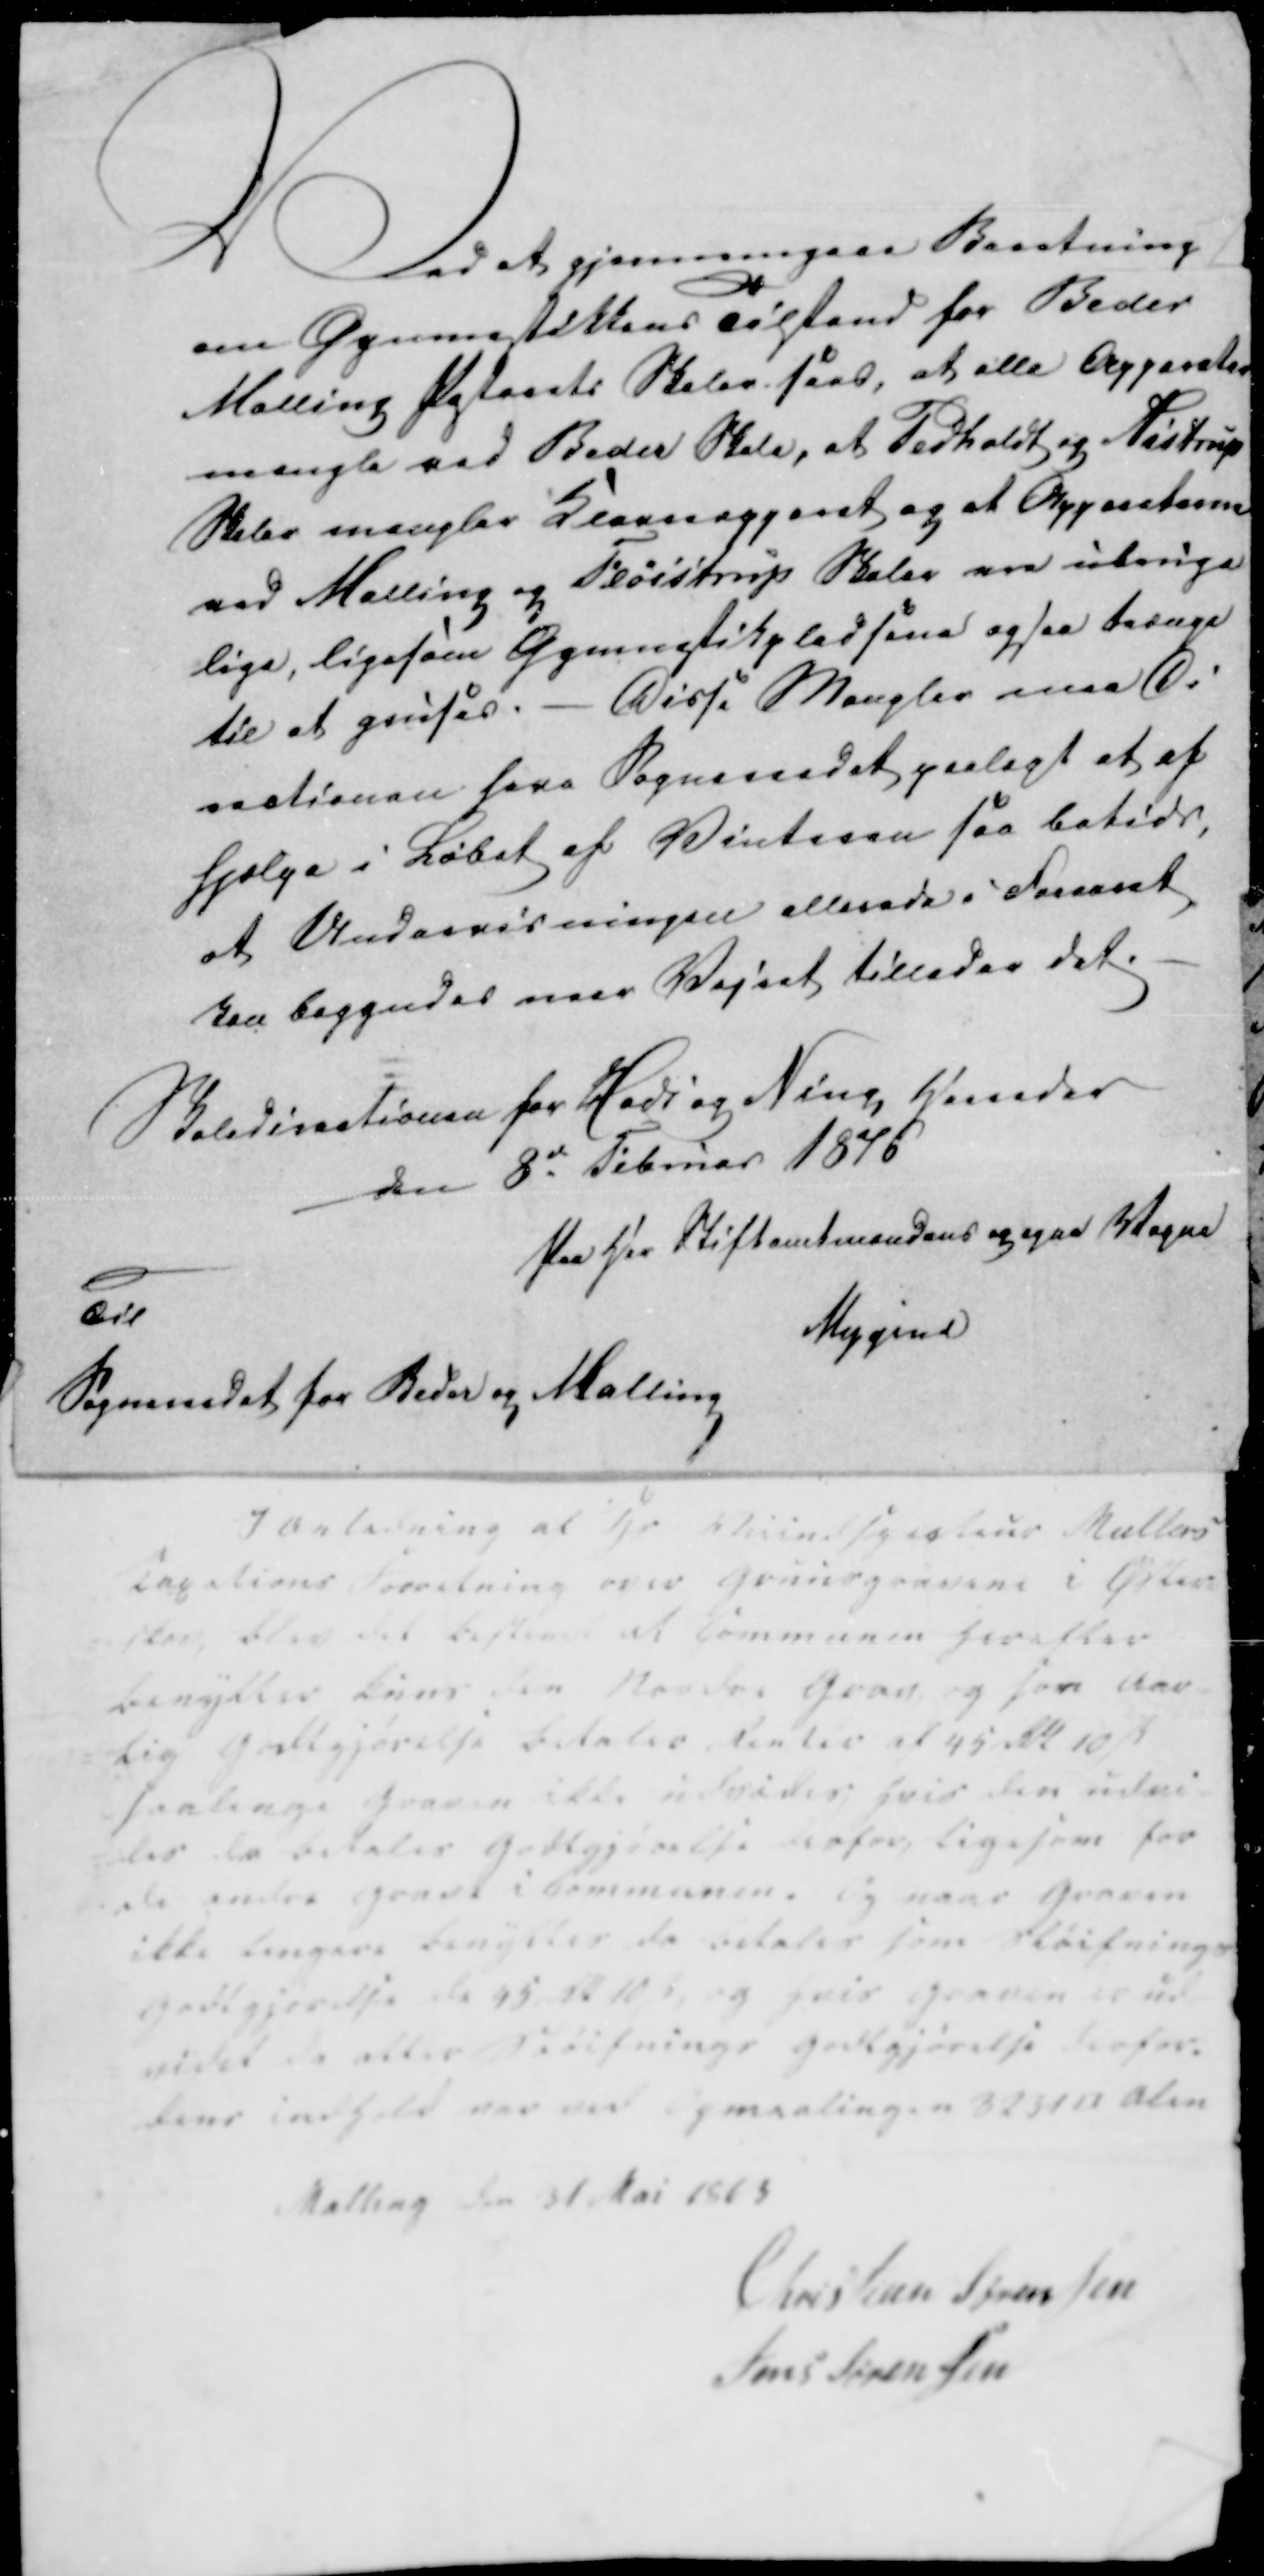
Transskription:
Ved at gjennemgaae Beretning
om Gymnastikkenes Tilstand for Beder
Malling fastaaets Skolen saas, at alle Apparater

mangle ved Beder Skole, af Pedholdt og Aistrup 
Skoler mangler Kerneapparat og at Apparaterne
ved Malling og Fløistrup Skoler maa uberige

lige, ligesom Gymnastikpladsene ogsaa tedæge
til at gruses. - Disse Mangler maa Vi
saationen have Sogneraadet paalagt et af

hjælpe i Løbet af Vinteren saa betids,
af Anderriseringsen allerede i Foraaret
skaa baggudes naar Vejret tillader det.

Skoledisertionen for Hads og Ning Herreder
den 8d Februar 1876
Paa Hr Stiftamtmandens og egne Vegne
Mygind
Til
Sogneraadet for Beder og Malling

I anledning af Hr ? Mullers
legations Forretning over i
blev det at Communen Herefter
Benytter kuns den Grav og som Aar
lig Godtgjørelse betales Renter af 45 Rd 10
saalenge Graven ikke Hvis den
da betales Godtgjørelse derfor, ligesom for
de andre Grave i Kommunen. Og naar Graven
ikke længere fængsler da betales som skøifnings
godtgjordte de 45 Rd 10, og Hvis Graven er ud
stedet de atter Skøifnings Godtgjørelse derfor.
dens indhold var vel Og maalingen 323118 Alen

Malling den 31. Mai 1873
Christian Sørensen
Jens Sørensen